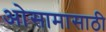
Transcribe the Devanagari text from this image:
ओसामासाठी